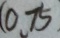
( 0 . 7 5